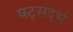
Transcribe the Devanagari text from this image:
षट्संदर्भ